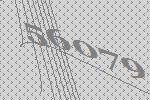
56079